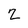
Character: Z